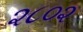
૨૮૦૨